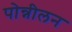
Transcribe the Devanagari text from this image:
पोन्नीलन